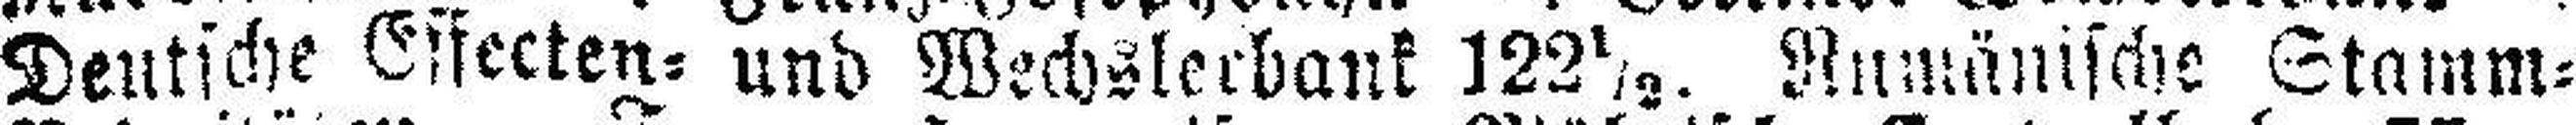
Deutsche Essecten= und Wechslerbank 122½. Rumänische Stamm=